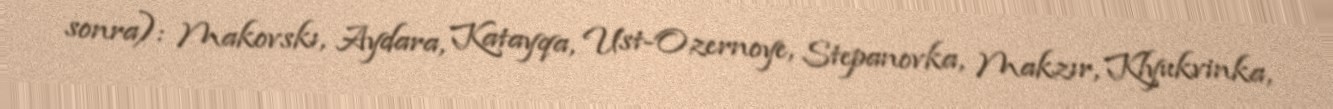
sonra): Makovskı, Aydara, Katayqa, Ust-Ozernoye, Stepanovka, Makzır, Klyukvinka,